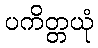
ပကိတ္တယုံ